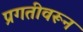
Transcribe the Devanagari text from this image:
प्रगतीवरून